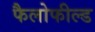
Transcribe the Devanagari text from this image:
फैलोफील्ड